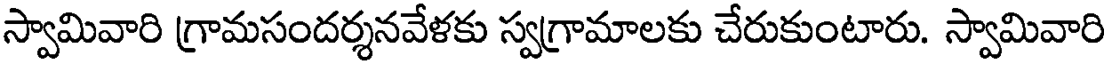
స్వామివారి గ్రామసందర్శనవేళకు స్వగ్రామాలకు చేరుకుంటారు. స్వామివారి